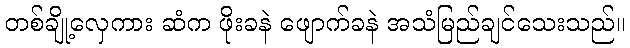
တစ်ချို့လှေကား ဆံက ဖိုးခနဲ ဖျောက်ခနဲ အသံမြည်ချင်သေးသည်။